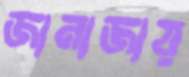
জানাজায়